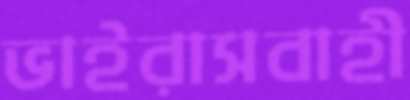
ভাইরাসবাহী